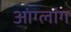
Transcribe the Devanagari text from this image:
आंग्लांग